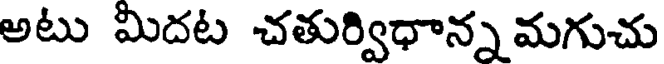
అటు మిదట చతుర్విధాన్నమగుచు